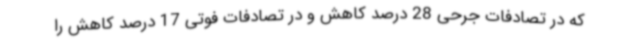
که در تصادفات جرحی 28 درصد کاهش و در تصادفات فوتی 17 درصد کاهش را